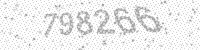
Solution: 798266